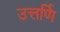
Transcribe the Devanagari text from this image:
उत्तर्णि